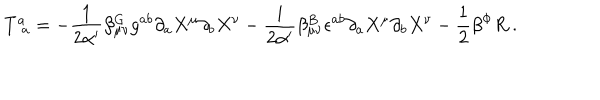
T _ { \phantom { a } a } ^ { a } = - { \frac { 1 } { 2 \alpha ^ { \prime } } } \beta _ { \mu \nu } ^ { G } g ^ { a b } \partial _ { a } X ^ { \mu } \partial _ { b } X ^ { \nu } - { \frac { i } { 2 \alpha ^ { \prime } } } \beta _ { \mu \nu } ^ { B } \epsilon ^ { a b } \partial _ { a } X ^ { \mu } \partial _ { b } X ^ { \nu } - { \frac { 1 } { 2 } } \beta ^ { \Phi } R \ .